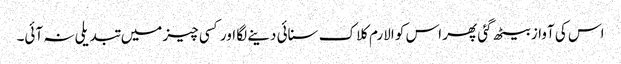
اس کی آواز بیٹھ گئی پھر اس کو الارم کلاک سنائی دینے لگا اور کسی چیز میں تبدیلی نہ آئی۔